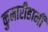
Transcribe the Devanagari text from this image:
कुमारीहामी